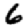
Digit: 6